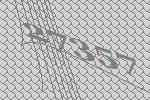
27357